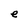
Character: e